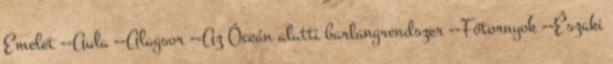
Emelet --Aula --Alagsor --Az Óceán alatti barlangrendszer --Főtornyok --Északi